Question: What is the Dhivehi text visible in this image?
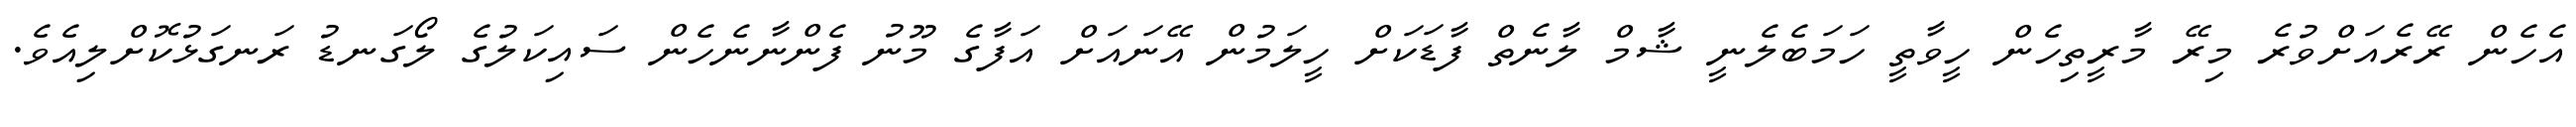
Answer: އެހެން ރޭރެއަށްވުރެ މިރޭ މާރީތިހެން ހީވާތީ ހަމަބެލެނީ ޝާމް ލާނެތް ފާޑަކަށް ހީލަމުން އޭނައަށް އަފާގެ މޫނު ފެންނާނެހެން ސައިކަލުގެ ލޯގަނޑު ރަނގަޅުކޮށްލިއެވެ.